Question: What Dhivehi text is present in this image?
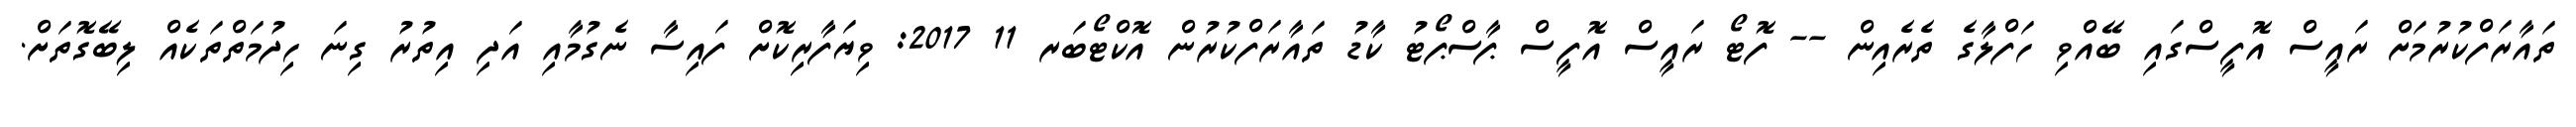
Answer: ތައާރަފްކުރުމަށް ރައީސް އޮފީސްގައި ބޭއްވި ހަފްލާގެ ތެރެއިން -- ފޮޓޯ ރައީސް އޮފީސް ޕާސްޕޯޓު ކާޑު ތައާރަފްކުރުން އޮކްޓޯބަރ 11 2017: ވިޔަފާރިކޮށް ފައިސާ ނެގުމާއި އަދި އިތުރު ގިނަ ހިދުމަތްތަކެއް ލިބޭގޮތަށް.